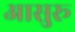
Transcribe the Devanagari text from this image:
आसुरू